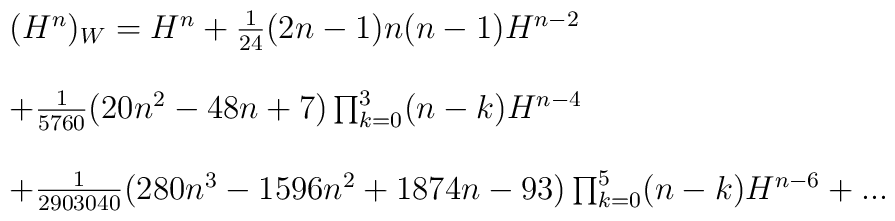
\begin{array}{l}(H^{n})_{W} = H^{n} + \frac{1}{24}(2n-1)n(n-1)H^{n-2} \\  \\+\frac{1}{5760}(20n^{2}-48n+7)\prod_{k=0}^{3}(n-k) H^{n-4} \\ \\ +\frac{1}{2903040}(280n^{3}-1596n^{2}+1874n-93)\prod_{k=0}^{5}(n-k)H^{n-6} +...  \end{array}